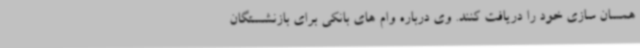
همسان سازی خود را دریافت کنند. وی درباره وام های بانکی برای بازنشستگان